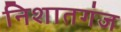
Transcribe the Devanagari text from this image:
निशातगंज